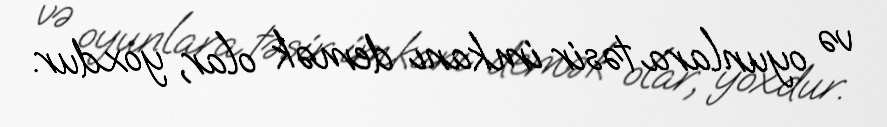
və oyunlara təsir imkanı demək olar, yoxdur.